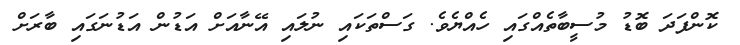
ކޮންފަދަ ބޮޑު މުސީބާތެއްގައި ހެއްޔެވެ. ގަސްތަކައި ނުލައި އޭނާއަށް އަޑުން އަޑުނަގައި ބާރަށް